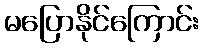
မပြောနိုင်ကြောင်း